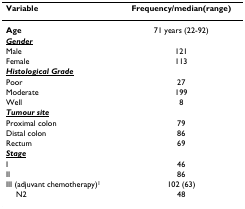
<table><thead><tr><td><b>Variable</b></td><td><b>Frequency/median(range)</b></td></tr></thead><tbody><tr><td><b>Age</b></td><td>71 years (22-92)</td></tr><tr><td><underline><b><i>Gender</i></b></underline></td><td></td></tr><tr><td>Male</td><td>121</td></tr><tr><td>Female</td><td>113</td></tr><tr><td><underline><b><i>Histological Grade</i></b></underline></td><td></td></tr><tr><td>Poor</td><td>27</td></tr><tr><td>Moderate</td><td>199</td></tr><tr><td>Well</td><td>8</td></tr><tr><td><underline><b><i>Tumour site</i></b></underline></td><td></td></tr><tr><td>Proximal colon</td><td>79</td></tr><tr><td>Distal colon</td><td>86</td></tr><tr><td>Rectum</td><td>69</td></tr><tr><td><underline><b><i>Stage</i></b></underline></td><td></td></tr><tr><td>I</td><td>46</td></tr><tr><td>II</td><td>86</td></tr><tr><td>III (adjuvant chemotherapy)<sup>1</sup></td><td>102 (63)</td></tr><tr><td> N2</td><td>48</td></tr></tbody></table>